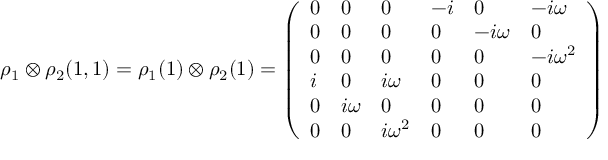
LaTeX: \rho _ { 1 } \otimes \rho _ { 2 } ( 1 , 1 ) = \rho _ { 1 } ( 1 ) \otimes \rho _ { 2 } ( 1 ) = { \left( \begin{array} { l l l l l l } { 0 } & { 0 } & { 0 } & { - i } & { 0 } & { - i \omega } \\ { 0 } & { 0 } & { 0 } & { 0 } & { - i \omega } & { 0 } \\ { 0 } & { 0 } & { 0 } & { 0 } & { 0 } & { - i \omega ^ { 2 } } \\ { i } & { 0 } & { i \omega } & { 0 } & { 0 } & { 0 } \\ { 0 } & { i \omega } & { 0 } & { 0 } & { 0 } & { 0 } \\ { 0 } & { 0 } & { i \omega ^ { 2 } } & { 0 } & { 0 } & { 0 } \end{array} \right) }